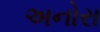
અનોરા